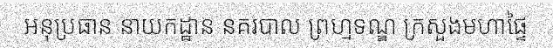
អនុប្រធាន នាយកដ្ឋាន នគរបាល ព្រហ្មទណ្ឌ ក្រសួងមហាផ្ទៃ